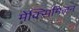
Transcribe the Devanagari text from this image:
मेक्सिमिलन